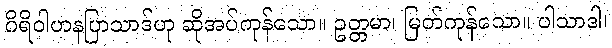
ဂိရိဝါဟနပြာသာဒ်ဟု ဆိုအပ်ကုန်သော။ ဥတ္တမာ၊ မြတ်ကုန်သော။ ပါသာဒါ၊